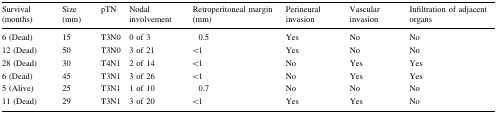
| Survival (months) | Size (mm) | pTN | Nodal involvement | Retroperitoneal margin (mm) | Perineural invasion | Vascular invasion | Infiltration of adjacent organs |
 | --- | --- | --- | --- | --- | --- | --- | --- |
 | 6 (Dead) | 15 | T3N0 | 0 of 3 | 0.5 | Yes | No | No |
 | 12 (Dead) | 50 | T3N0 | 3 of 21 | <1 | Yes | No | No |
 | 28 (Dead) | 30 | T4N1 | 2 of 14 | <1 | No | Yes | Yes |
 | 6 (Dead) | 45 | T3N1 | 3 of 26 | <1 | No | Yes | Yes |
 | 5 (Alive) | 25 | T3N1 | 1 of 10 | 0.7 | No | No | No |
 | 11 (Dead) | 29 | T3N1 | 3 of 20 | <1 | Yes | Yes | No |